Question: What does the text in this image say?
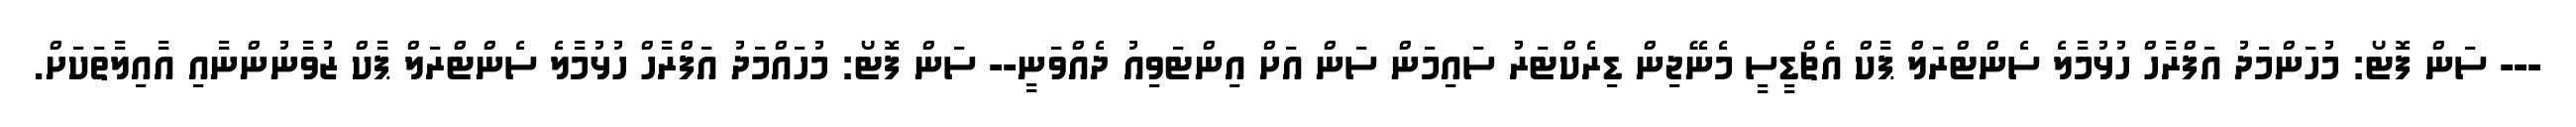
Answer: --- ސަން ފޮޓޯ: މުހަންމަދު އަފްރާހް ހުޅުމާލެ ސެންޓްރަލް ޕާކް އެޗްޑީސީ މެނޭޖިން ޑިރެކްޓަރު ސައިމަން ސަން އަށް އިންޓަވިއު ދެއްވަނީ-- ސަން ފޮޓޯ: މުހައްމަދު އަފްރާހް ހުޅުމާލެ ސެންޓްރަލް ޕާކް ޒުވާނުންނާއި އާއިލާތަކަށް.